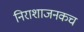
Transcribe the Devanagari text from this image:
निराशाजनकच